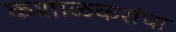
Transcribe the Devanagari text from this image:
कशाळकरांचा